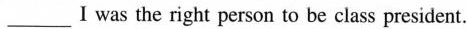
___I was the right person to be class president.